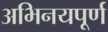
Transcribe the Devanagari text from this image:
अभिनयपूर्ण